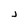
Character: j